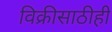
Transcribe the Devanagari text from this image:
विक्रीसाठीही